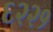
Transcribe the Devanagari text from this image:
६२२१